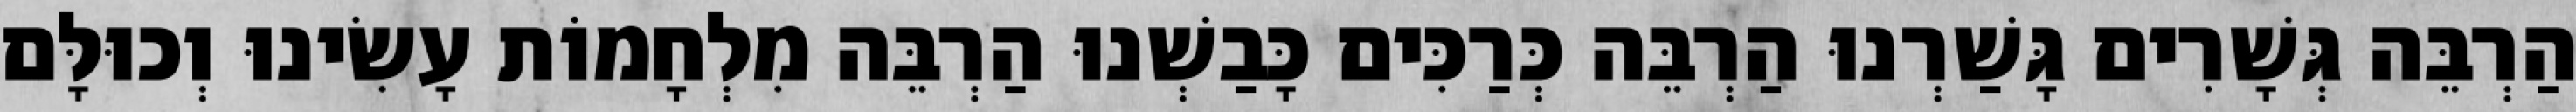
הַרְבֵּה גְּשָׁרִים גָּשַׁרְנוּ הַרְבֵּה כְּרַכִּים כָּבַשְׁנוּ הַרְבֵּה מִלְחָמוֹת עָשִׂינוּ וְכוּלָּם